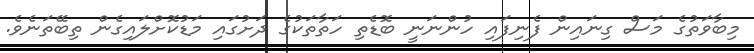
މިބާވަތުގެ މަސް ގިނައިން ފެނިފައި ހުންނަނީ ބޮޑެތި ހަތާތަކުގެ ދަށުގައި މަޑުކޮށްލައިގެން ތިބޭތަނެވެ.